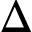
\Delta